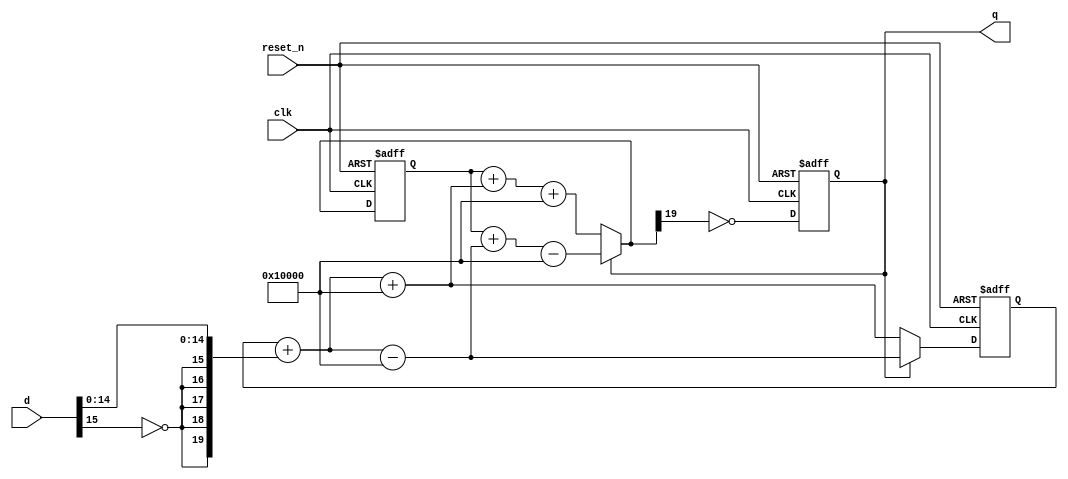
module sigma_delta_dac_2ndorder #(parameter signalwidth=16)
(
	input clk,
	input reset_n,
	input [signalwidth-1:0] d, 
	output q
);

	reg this_bit;
 
	reg [signalwidth+3:0] DAC_acc_1st;
	reg [signalwidth+3:0] DAC_acc_2nd;
	reg [signalwidth+3:0] i_func_extended;
	 
	assign q = this_bit;

	always @(*)
		i_func_extended = {{5{!d[signalwidth-1]}},d[signalwidth-2:0]};
		
	always @(posedge clk or negedge reset_n) begin
		if (!reset_n)
			begin
				DAC_acc_1st=20'd0;
				DAC_acc_2nd=20'd0;
				this_bit = 1'b0;
			end
		else
			begin
				if(this_bit == 1'b1) begin
					DAC_acc_1st = DAC_acc_1st + i_func_extended - (2**signalwidth);
					DAC_acc_2nd = DAC_acc_2nd + DAC_acc_1st		 - (2**signalwidth);
				end
			else
				begin
					DAC_acc_1st = DAC_acc_1st + i_func_extended + (2**signalwidth);
					DAC_acc_2nd = DAC_acc_2nd + DAC_acc_1st + (2**signalwidth);
				end
			// When the high bit is set (a negative value) we need to output a 0 and when it is clear we need to output a 1.
			this_bit = ~DAC_acc_2nd[signalwidth+3];
		end
	end
				
endmodule